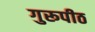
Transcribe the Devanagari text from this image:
गुरूपीठ